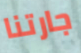
جارتنا